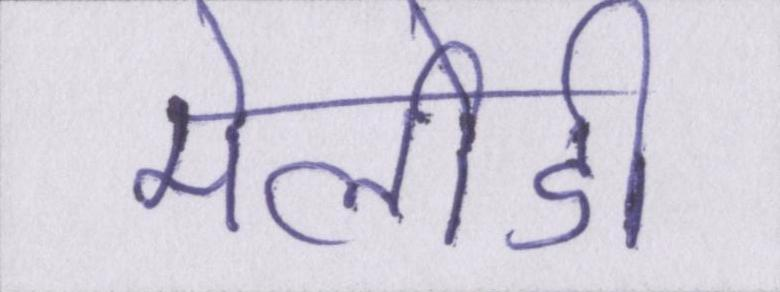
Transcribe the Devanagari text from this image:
मेलोडी